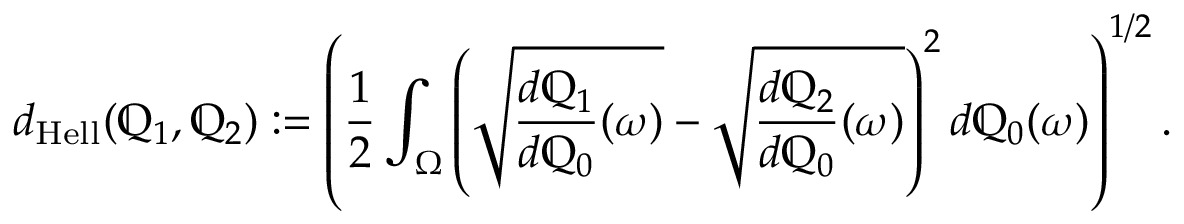
d _ { \mathrm { H e l l } } ( \mathbb { Q } _ { 1 } , \mathbb { Q } _ { 2 } ) : = \left( \frac { 1 } { 2 } \int _ { \Omega } \left( \sqrt { \frac { d \mathbb { Q } _ { 1 } } { d \mathbb { Q } _ { 0 } } ( \omega ) } - \sqrt { \frac { d \mathbb { Q } _ { 2 } } { d \mathbb { Q } _ { 0 } } ( \omega ) } \right) ^ { 2 } d \mathbb { Q } _ { 0 } ( \omega ) \right) ^ { 1 / 2 } .